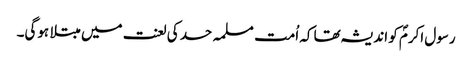
رسول اکرمؐ کو اندیشہ تھا کہ اُمت مسلمہ حسد کی لعنت میں مبتلا ہوگی۔